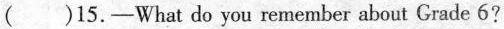
( )15.—What do you remember about Grade 6?